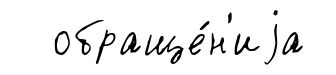
обраще́н'иjа